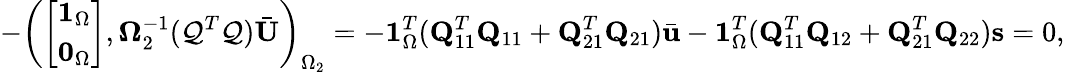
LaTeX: -\left(\left[\begin{array}{l}{\mathbf{1}_{\Omega}}\\ {\mathbf{0}_{\Omega}}\end{array}\right],\boldsymbol{\Omega}_{2}^{-1}(\mathcal{Q}^{T}\mathcal{Q})\bar{\mathbf{U}}\right)_{\Omega_{2}}=-\mathbf{1}_{\Omega}^{T}(\mathbf{Q}_{11}^{T}\mathbf{Q}_{11}+\mathbf{Q}_{21}^{T}\mathbf{Q}_{21})\bar{\mathbf{u}}-\mathbf{1}_{\Omega}^{T}(\mathbf{Q}_{11}^{T}\mathbf{Q}_{12}+\mathbf{Q}_{21}^{T}\mathbf{Q}_{22})\mathbf{s}=0,